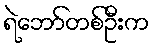
ရဲဘော်တစ်ဦးက